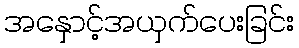
အနှောင့်အယှက်ပေးခြင်း